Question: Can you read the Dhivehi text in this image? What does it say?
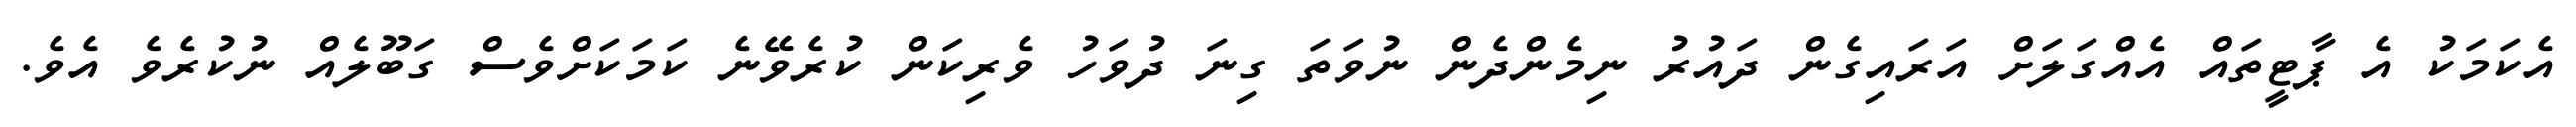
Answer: އެކަމަކު އެ ޕާޓީތައް އެއްގަލަށް އަރައިގެން ދައުރު ނިމެންދެން ނުވަތަ ގިނަ ދުވަހު ވެރިކަން ކުރެވޭނެ ކަމަކަށްވެސް ގަބޫލެއް ނުކުރެވެ އެވެ.